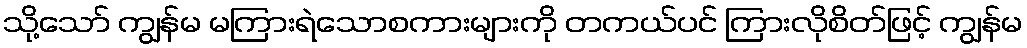
သို့သော် ကျွန်မ မကြားရဲသောစကားများကို တကယ်ပင် ကြားလိုစိတ်ဖြင့် ကျွန်မ